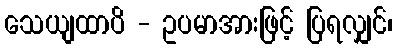
သေယျထာပိ - ဥပမာအားဖြင့် ပြရလျှင်၊